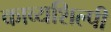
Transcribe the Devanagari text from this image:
काव्यशिल्पी